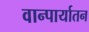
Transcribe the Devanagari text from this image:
वान्पार्यातन